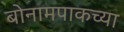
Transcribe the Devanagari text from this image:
बोनामपाकच्या